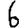
Digit: 6